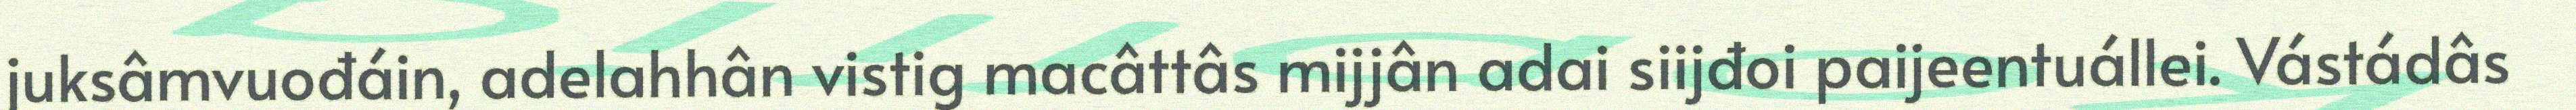
juksâmvuođáin, adelahhân vistig macâttâs mijjân adai siijđoi paijeentuállei. Vástádâs